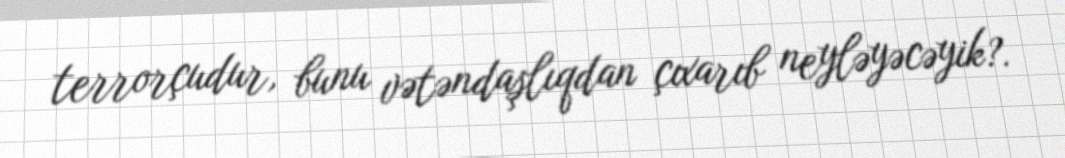
terrorçudur, bunu vətəndaşlıqdan çıxarıb neyləyəcəyik?.